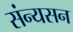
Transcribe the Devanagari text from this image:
संन्यसन